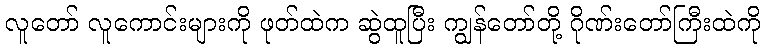
လူတော် လူကောင်းများကို ဖုတ်ထဲက ဆွဲထူပြီး ကျွန်တော်တို့ ဂိုဏ်းတော်ကြီးထဲကို